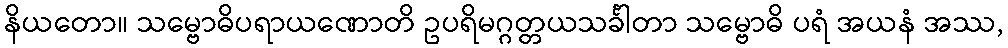
နိယတော။ သမ္ဗောဓိပရာယဏောတိ ဥပရိမဂ္ဂတ္တယသင်္ခါတာ သမ္ဗောဓိ ပရံ အယနံ အဿ,